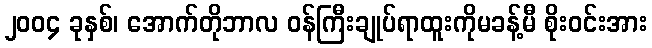
၂၀၀၄ ခုနှစ်၊ အောက်တိုဘာလ ဝန်ကြီးချုပ်ရာထူးကိုမခန့်မီ စိုးဝင်းအား